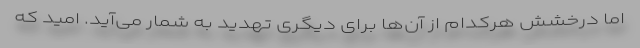
اما درخشش هرکدام از آن‌ها برای دیگری تهدید به شمار می‌آید. امید که